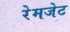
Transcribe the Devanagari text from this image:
रेमजेट